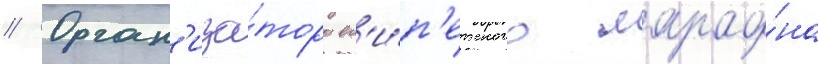
// Орган'иза́торы ег'и́п'етского марафо́на